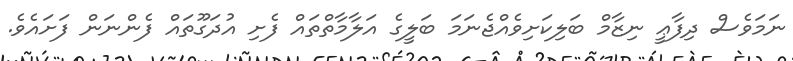
ނަމަވެސް ދިފާޢީ ނިޒާމް ބަލިކަށިވެއްޖެނަމަ ބަލީގެ އަލާމާތްތައް ފެށި އުދަގޫތައް ފެންނަން ފަށައެވެ.